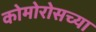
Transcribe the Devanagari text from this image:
कोमोरोसच्या